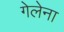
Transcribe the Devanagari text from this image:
गेलेना